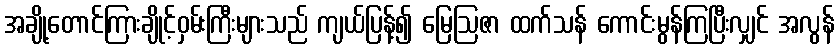
အချို့တောင်ကြားချိုင့်ဝှမ်းကြီးများသည် ကျယ်ပြန့်၍ မြေဩဇာ ထက်သန် ကောင်းမွန်ကြပြီးလျှင် အလွန်